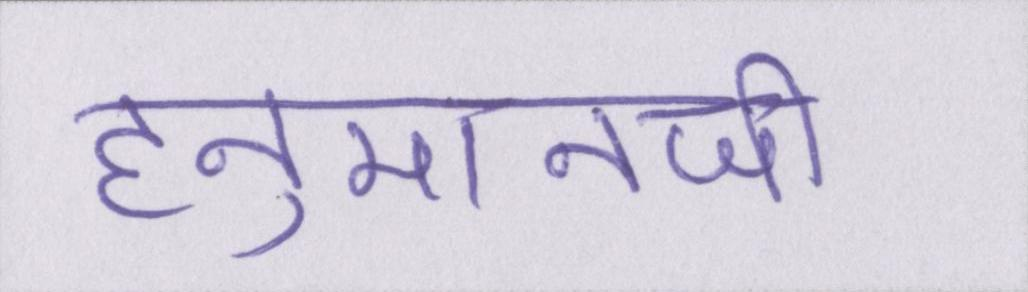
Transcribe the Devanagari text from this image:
हनुमानजी